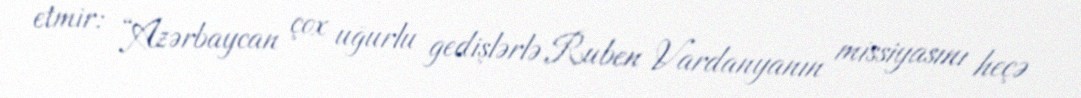
etmir: “Azərbaycan çox uğurlu gedişlərlə Ruben Vardanyanın missiyasını heçə